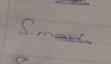
Signature authenticity: genuine